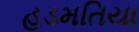
હડમતિયા